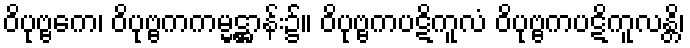
ဝိပုဗ္ဗကေ၊ ဝိပုဗ္ဗကကမ္မဋ္ဌာန်း၌။ ဝိပုဗ္ဗကပဋိကူလံ ဝိပုဗ္ဗကပဋိကူလန္တိ၊